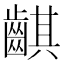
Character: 䶞